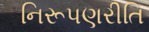
નિરૂપણરીતિ